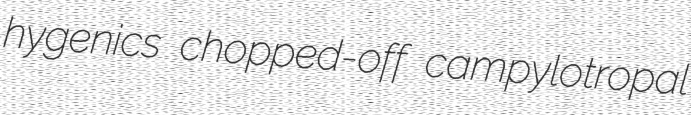
hygenics chopped-off campylotropal